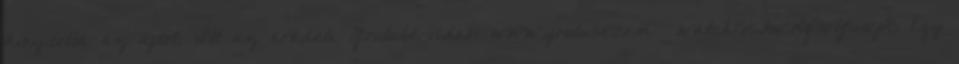
kinyitotta az ajtót. Itt az eredeti Youtube-videó: www.youtube.com watch?v=FwKq9vY6wp8 Egy